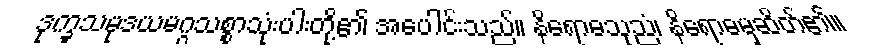
ဒုက္ခသမုဒယမဂ္ဂသစ္စာသုံးပါးတို့၏ အပေါင်းသည်။ နိရောဓသုညံ၊ နိရောဓမှဆိတ်၏။